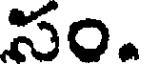
సం.